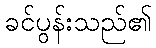
ခင်ပွန်းသည်၏